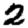
Digit: 2